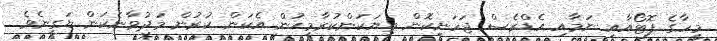
މީހާގެ ފޮޓޯއާއި ނަމާއި އެޑްރެސް ޖަހަނިކޮން ތިޔަކަންކުރާމީޙުން އެކަން ކުރުން މަދުވާނެކަން ޔަގީނެވެ